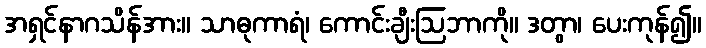
အရှင်နာဂသိန်အား။ သာဓုကာရံ၊ ကောင်းချီးဩဘာကို။ ဒတွာ၊ ပေးကုန်၍။